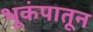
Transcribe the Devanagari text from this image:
भूकंपातून